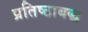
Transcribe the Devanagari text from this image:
प्रतिष्ठाबद्ध